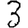
Digit: 3